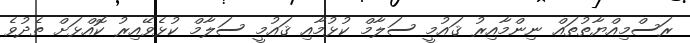
ރަސްމިއްޔާތުތައް ނިންމާއިރު ޤައުމީ ސަލާމް ކުޅުމާއި ޤައުމީ ސަލާމް ކުޅެވޭއިރު ކޮއްޅަށް ތެދުވެ